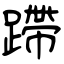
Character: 蹛